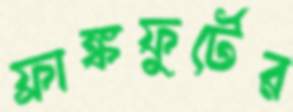
ফ্রাঙ্কফুর্টের